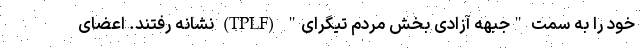
خود را به سمت "جبهه آزادی بخش مردم تیگرای" (TPLF) نشانه رفتند. اعضای